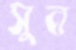
সুন